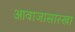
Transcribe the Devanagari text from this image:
आवाजासारखा